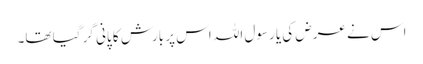
اس نے عرض کی یا رسول اللہ اس پر بارش کا پانی گر گیا تھا۔